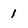
Character: 1